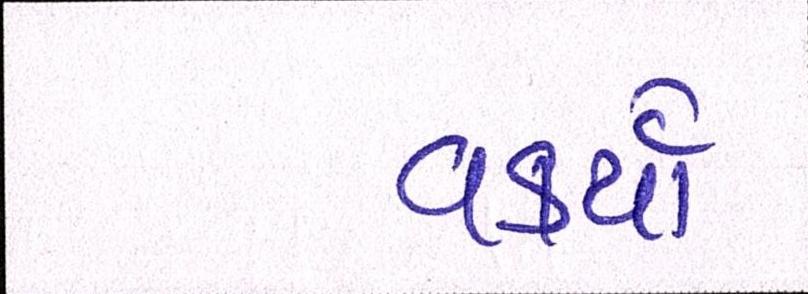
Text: વકર્યો